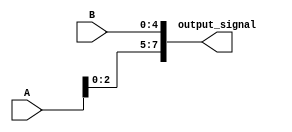
module concatenation_example (
    input [3:0] A,
    input [4:0] B,
    output [7:0] output_signal
);

assign output_signal = {A, B};

endmodule